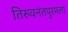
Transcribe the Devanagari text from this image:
तिरुवनंतपुरमला